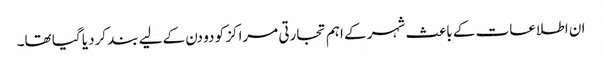
ان اطلاعات کے باعث شہر کے اہم تجارتی مراکز کو دو دن کےلیے بند کردیا گیا تھا۔